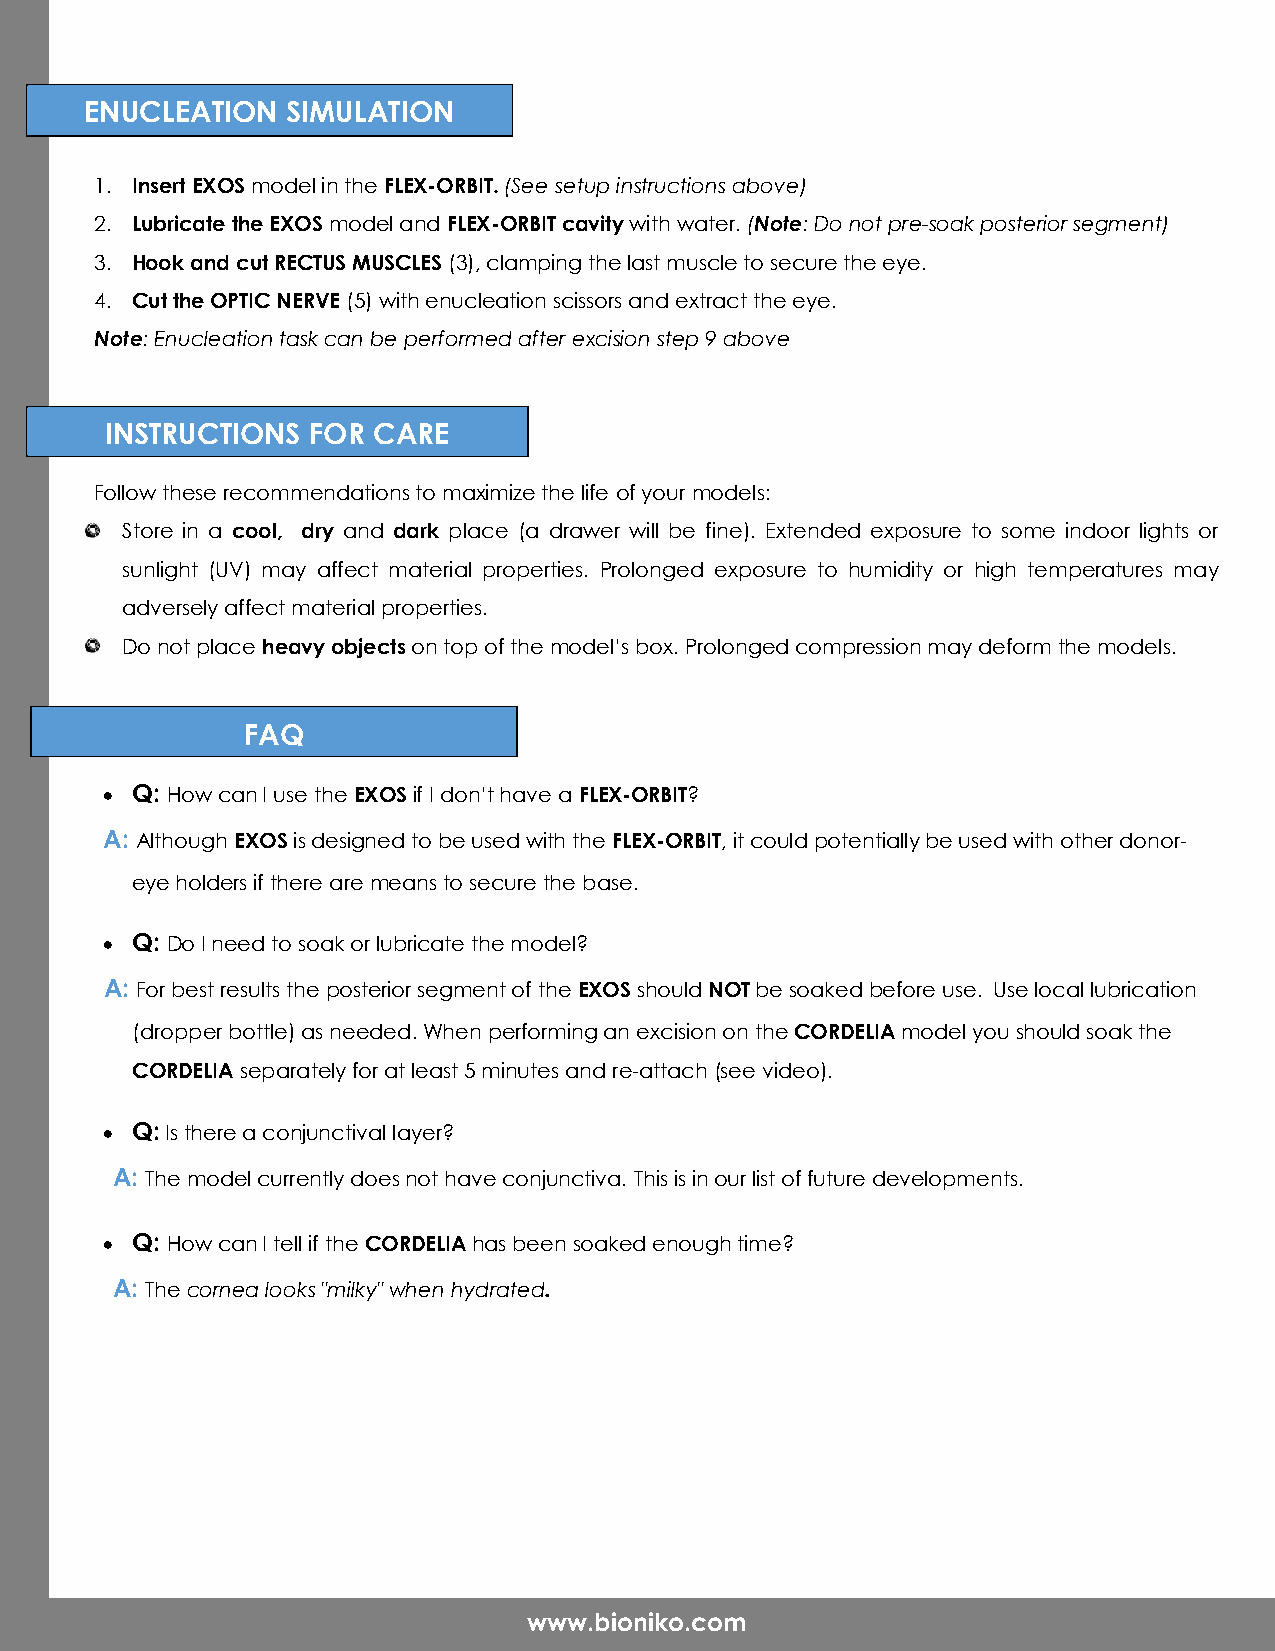
ENUCLEATION  SIMULATION
 1. Insert EXOS model in the FLEX-ORBIT. (See setup instructions above)
 2. Lubricate the EXOS model and FLEX-ORBIT cavity with water. (Note: Do not pre-soak posterior segment)
 3. Hook and cut RECTUS MUSCLES (3), clamping the last muscle to secure the eye.
 4. Cut the OPTIC NERVE (5) with enucleation scissors and extract the eye.
 Note: Enucleation task can be performed after excision step 9 above
 INSTRUCTIONS  FOR CARE
 Follow these recommendations to maximize the life of your models:
 Store in a cool, dry and dark place (a drawer will be fine). Extended exposure to some indoor lights or
 sunlight (UV) may affect material properties. Prolonged exposure to humidity or high temperatures may
 adversely affect material properties.
 Do not place heavy objects on top of the model’s box. Prolonged compression may deform the models.
 FAQ
  Q: How can I use the EXOS if I don’t have a FLEX-ORBIT?
 A: Although EXOS is designed to be used with the FLEX-ORBIT, it could potentially be used with other donor-
 eye holders if there are means to secure the base.
  Q: Do I need to soak or lubricate the model?
 A: For best results the posterior segment of the EXOS should NOT be soaked before use. Use local lubrication
 (dropper bottle) as needed. When performing an excision on the CORDELIA model you should soak the
 CORDELIA separately for at least 5 minutes and re-attach (see video).
  Q: Is there a conjunctival layer?
 A: The model currently does not have conjunctiva. This is in our list of future developments.
  Q: How can I tell if the CORDELIA has been soaked enough time?
 A: The cornea looks "milky" when hydrated.
 www.bioniko.com
 www.bioniko.com